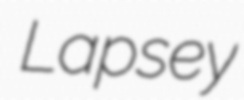
Lapsey